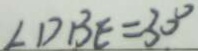
\angle D B E = 3 0 ^ { \circ }